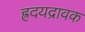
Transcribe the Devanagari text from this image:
ह्रदयद्रावक